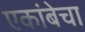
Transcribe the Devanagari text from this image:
एकांबेचा